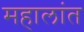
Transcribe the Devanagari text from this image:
महालांत